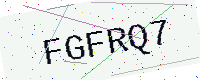
Text: FGFRQ7